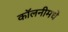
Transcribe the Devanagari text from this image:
कॉलनीमधे